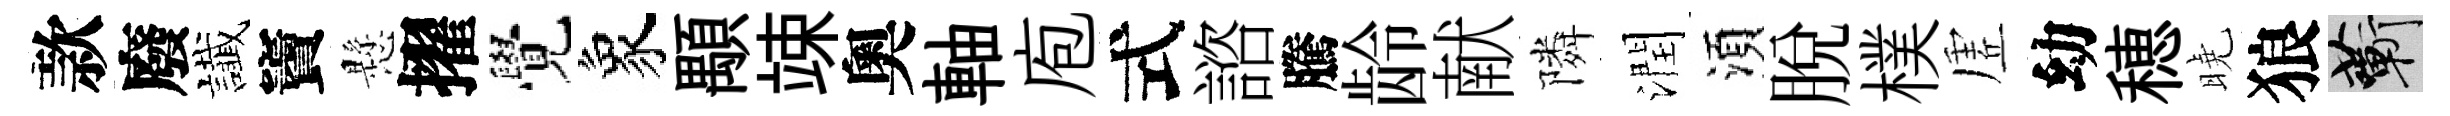
款廢䜟竇懸擢覺象顒竦奧軸庖式諮騰龄献隣潤湏脱樸虗幼穂曉狼蔪